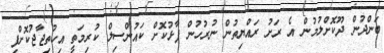
ބަންދުން ދޫކޮށްލުމުން އެ ރަށު ރައްޔިތުން ނުރުހުން ފާޅުކޮށް ކައުންސިލް ކުރިމަތީ އިހުތިޖާޖުކޮށްފި